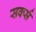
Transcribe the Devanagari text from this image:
सर्क्स